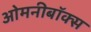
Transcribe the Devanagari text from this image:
ओमनीबॉक्स